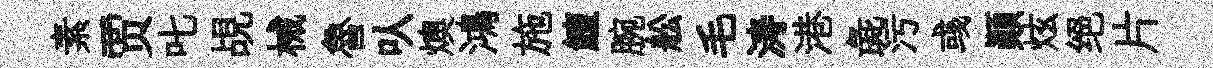
素贾叱覘械魯㕥燠鴻施鱣腕舩毛涛港彘污彧顛炫绝片